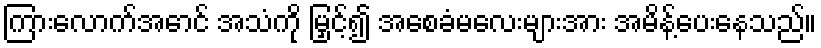
ကြားလောက်အောင် အသံကို မြှင့်၍ အစေခံမလေးများအား အမိန့်ပေးနေသည်။